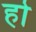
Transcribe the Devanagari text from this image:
हो